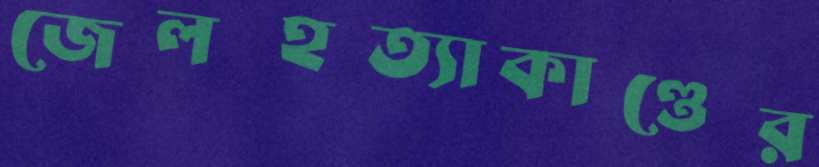
জেলহত্যাকাণ্ডের